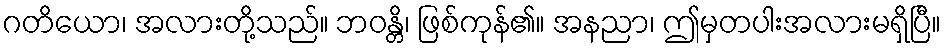
ဂတိယော၊ အလားတို့သည်။ ဘဝန္တိ၊ ဖြစ်ကုန်၏။ အနညာ၊ ဤမှတပါးအလားမရှိပြီ။